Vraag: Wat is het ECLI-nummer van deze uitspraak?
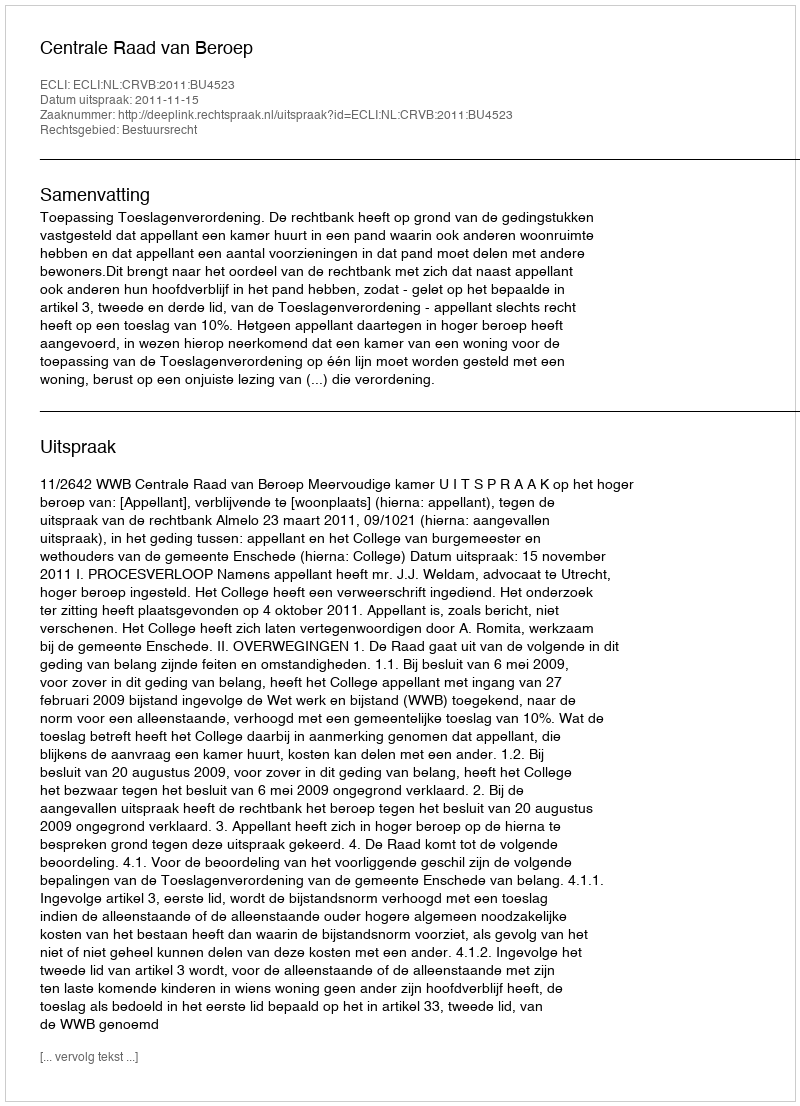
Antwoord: ECLI:NL:CRVB:2011:BU4523